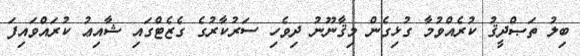
ބިލު ތަޞްދީޤު ކުރެއްވުމާ ގުޅިގެން މިޤާނޫނު ދިވެހި ސަރުކާރުގެ ގެޒެޓްގައި ޝާއިޢު ކުރައްވައިފަ